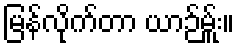
မြန်လိုက်တာ ယာဉ်မ်ှူး။